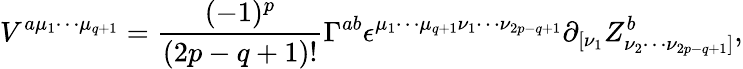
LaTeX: V^{a{\mu}_{1}{\cdots}{\mu}_{q+1}}=\frac{(-1)^{p}}{(2p-q+1)!}{\Gamma}^{ab}{\epsilon}^{{\mu}_{1}{\cdots}{\mu}_{q+1}{\nu}_{1}{\cdots}{\nu}_{2p-q+1}}{\partial}_{[{\nu}_{1}}Z_{{\nu}_{2}{\cdots}{\nu}_{2p-q+1}]}^{b},